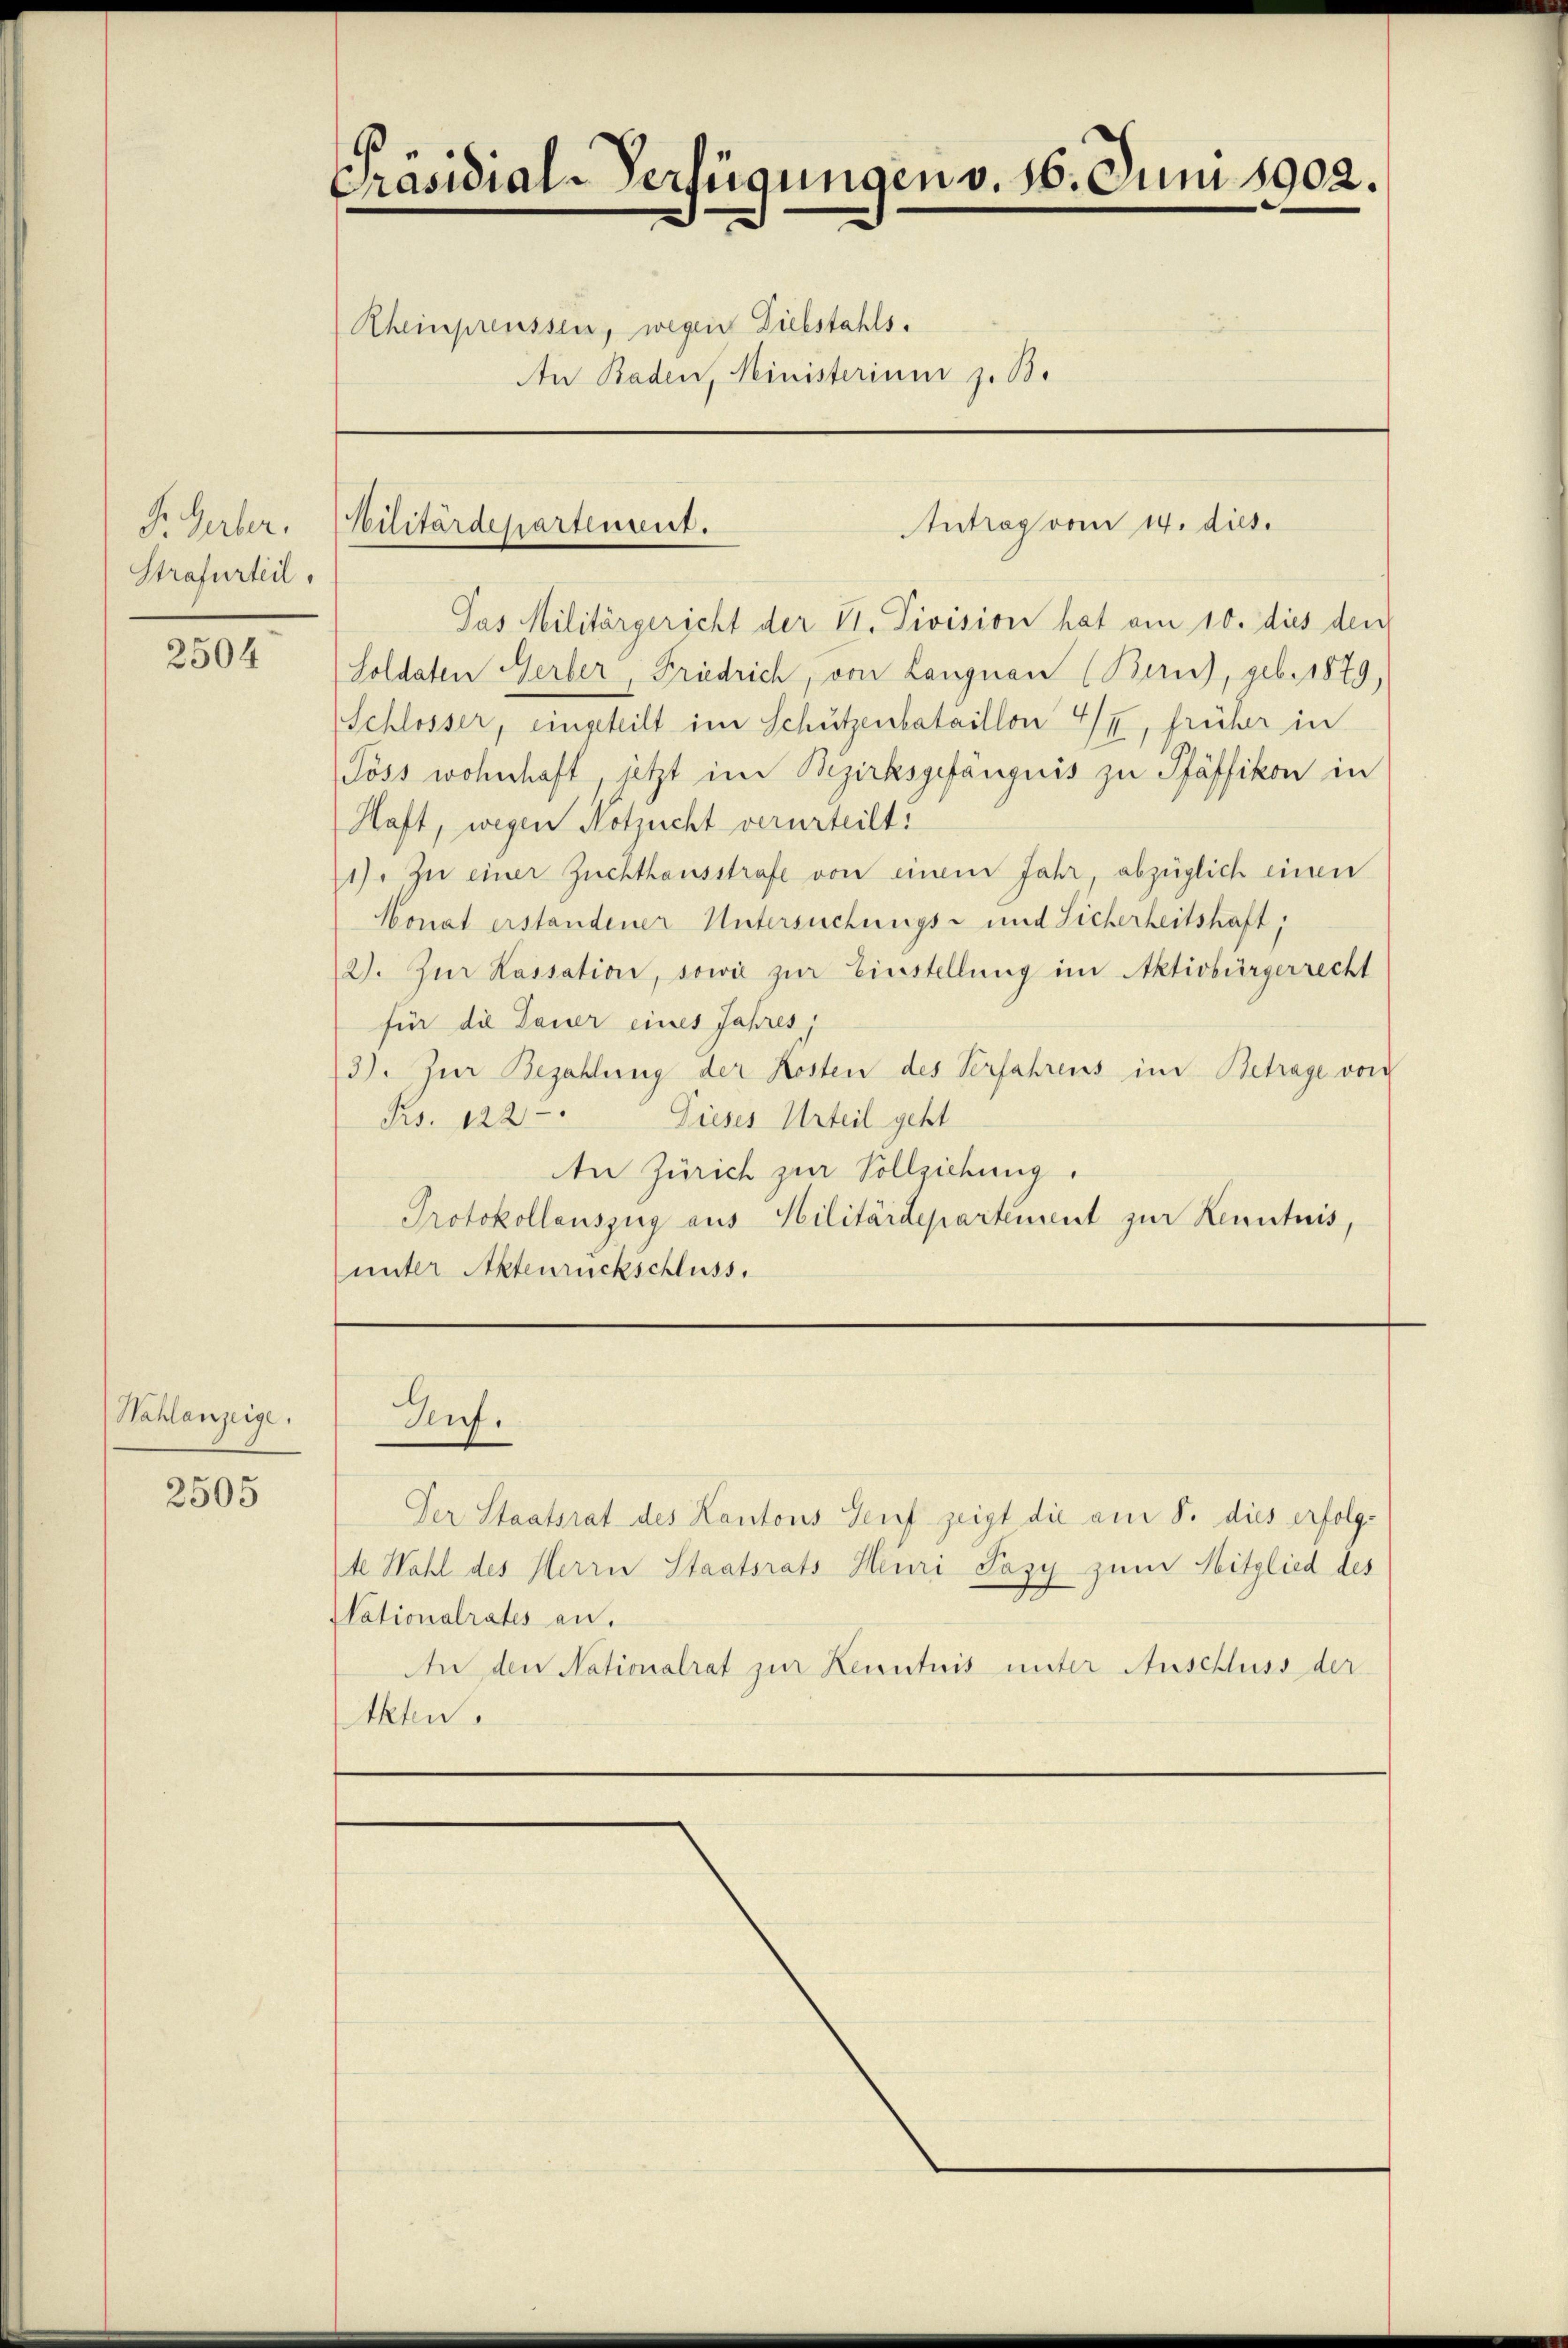
F. Gerber.
Strafurteil.

2504

Nahlanzeige.

2505

Präsidial-Verfügungen v. 16. Juni 1902.
Rheinpreussen, wegen Diebstahls.
An Baden, Ministerium z. B.

Antrag vom 14. dies
Kilitärdepartement.

Pas Militärgericht der VI. Division hat am 10. dies den
Soldaten Gerber, Friedrich, von Langnau (Bern), geb. 1879,
Schlosser, eingeteilt im Schützenbataillon 4/I, früher in
Pöss wohnhaft jetzt im Bezirksgefängnis zu Pfäffikon in
Haft, wegen Notzucht verurteilt.
1). Zu einer Zuchthausstrafe von einem Jahr, abzüglich einen
Monat erstandener Untersuchungs- und Sicherheitshaft,
2). Zŭr Kassation, sowie zŭr Einstellung im Aktivbürgerrecht
für die Dauer eines Jahres,
3). Zur Bezahlung der Kosten des Verfahrens im Betrage von
Rs. 122 - " Dieses Urteil geht
An Zürich zur Vollziehung.
Protokollauszug aus Militärdepartement zur Kenntnis,
unter Aktenrückschluss.

Auf.

Der Staatsrat des Kantons Genf zeigt die am 8. dies erfolgte Wahl des Herrn Staatsrats Heuri Pazy zum Mitglied des
Nationalrates an.
An den Nationalrat zur Kenntnis unter Anschluss der
Akten.